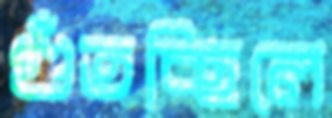
গুঁতচ্ছিলে